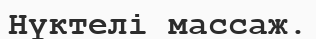
Нүктелі массаж.